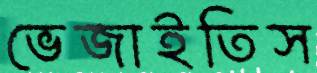
ভেজাইতিস